Calcutta medical institutions reports 1871-78
Year: 1871
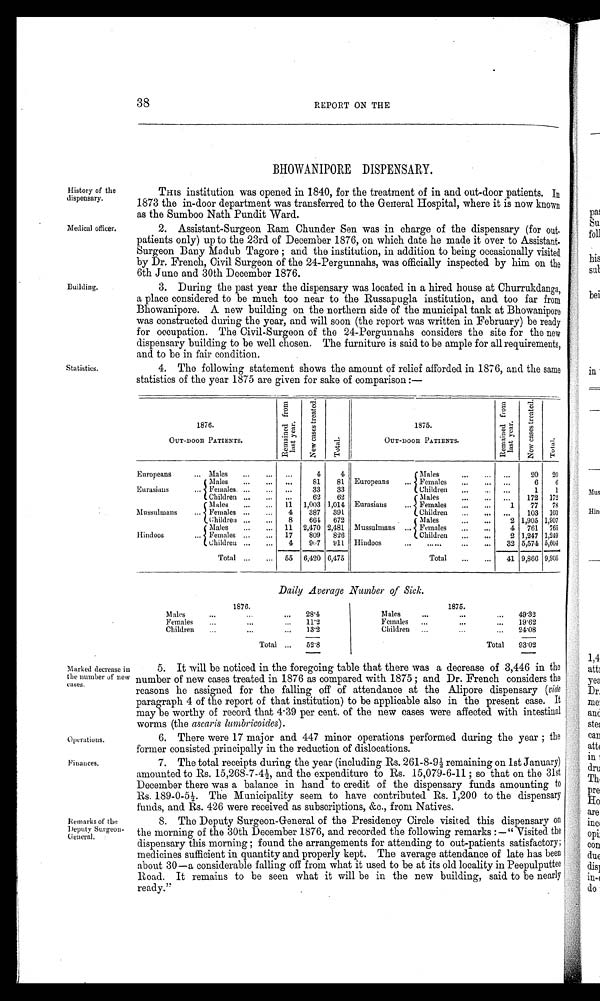
History of the
dispensary.
Medical officer.
Marked decrease in
the number of new
cases.
Operations.
Finances.
Remarks of the
Deputy Surgeon-
eneral.
38
REPORT ON THE
BHOWANIPORE DISPENSARY.
Building.
Statistics.
THIS institution was opened in 1840, for the treatment of in and out-door patients. In
1873 the in-door department was transferred to the General Hospital, where it is now known
as the Sumboo Nath Pundit Ward.
2. Assistant-Surgeon Ram Chunder Sen was in charge of the dispensary (for out
-patients only) up to the 23rd of December 1876, on which date he made it over to Assistant
- S u r g e o n B a n y M a d u b T a g o r e ; a n d t h e i n s t i t u t i o n , i n a d d i t i o n t o b e i n g o c c a s i o n a l l y v i s i t e d
by Dr. French, Civil Surgeon of the 24-Pergunnahs, was officially inspected by him on the
6th June and 30th December 1876.
3. During the past year the dispensary was located in a hired house at Churrukdanga,
a place considered to be much too near to the Russapugla institution, and too far from
Bhowanipore. A new building on the northern side of the municipal tank at Bhowanipore
was constructed during the year, and will soon (the report was written in February) be ready
for occupation. The Civil-Surgeon of the 24-Pergunnahs considers the site for the new
dispensary building to be well chosen. The furniture is said to be ample for all requirements,
and to be in fair condition.
4. The following statement shows the amount of relief afforded in 1876, and the same
statistics of the year 1875 are given for sake of comparison:—
1876.
OUT-DOOR PATIENTS.
Remai ned f r om l ast year .
New cases t r eat ed.
Total.
1875.
OUT-DOOR PATIENTS.
R e m a i n e d f r o m l a s t y e a r .
New cases t r eat ed.
Total.
Europeans
... Males ... ...
. . .
4
4
Europeans
...
Males ... ...
...
2 0
2 0
Eurasians
...
Males ... ...
. . .
8 1
8 1
Females... ... ...
6
6
Females... ...
. . .
3 3
3 3
Children... ... ...
1
1
Children... ...
. . .
6 2
6 2
Eurasians
...
Males ... ... ...
1 7 2
1 7 2
Mussulmans ...
Males ... ...
1 1
1 , 0 0 3
1 , 0 1 4
Females... ... 1
7 7
7 8
Females... ...
4
3 8 7
3 9 1
Children... ... ...
1 0 3
1 0 3
Children... ...
8
6 6 4
6 7 2
Mussulmans ...
Males ... ... 2
1 , 9 0 5
1 , 9 0 7
Hindoos
...
Males ... ...
1 1
2 , 4 7 0
2 , 4 8 1
Females... ... 4
7 6 1
7 6 5
Females... ...
1 7
8 0 9
8 2 6
Children... ... 2
1 , 2 4 7
1 , 2 4 9
Children... ...
4
9 6 7
9 1 1
Hindoos ... ......
... ... 32
5 , 5 4 7
5 , 6 0 4
T o t a l
... ...
5 5
6 , 4 2 0
6 , 4 7 5
T o t a l
... ... 41
9 , 8 6 6
9 , 9 0 5
Daily Average Number of Sick.
1 8 7 6 .
Males
...
... ...
... 28·4
Females ...
... ...
... 11·2
Children ...
... ...
... 13·2
Total
. . .
52·8
1 8 7 5 .
Males
... ...
...
49·32
Females ... ...
...
19·62
Children ... ...
...
24·08
Total 93'02
93·02
5. It will be noticed in the foregoing table that there was a decrease of 3,446 in the
number of new cases treated in 1876 as compared with 1875; and Dr. French considers the
reasons he assigned for the falling off of attendance at the Alipore dispensary (vide
paragraph 4 of the report of that institution) to be applicable also in the present case. It
may be worthy of record that 4·39 per cent. of the new cases were affected with intestinal
worms (the ascaris lumbricoides).
6. There were 17 major and 447 minor operations performed during the year; the
former consisted principally in the reduction of dislocations.
7. The total receipts during the year (including Rs. 261-8-9½ remaining on 1st January)
amounted to Rs. 15,268-7-4½, and the expenditure to Rs. 15,079-6-11; so that on the 31st
December there was a balance in hand to credit of the dispensary funds amounting to
Rs. 189-0-5½ The Municipality seem to have contributed Rs. 1,200 to the dispensary
funds, and Rs. 426 were received as subscriptions, &c., from Natives.
8. The Deputy Surgeon-General of the Presidency Circle visited this dispensary on
the morning of the 30th December 1876, and recorded the following remarks:—"Visited the
dispensary this morning; found the arrangements for attending to out-patients satisfactory;
medicines sufficient in quantity and properly kept. The average attendance of late has been
about 30—a considerable falling off from what it used to be at its old locality in Peepulputtee
Road. It remains to be seen what it will be in the new building, said to be nearly
ready."